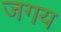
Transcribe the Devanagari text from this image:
जगय